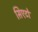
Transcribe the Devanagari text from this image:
सिएटो